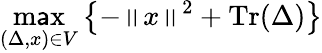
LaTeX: \operatorname*{m\mathsf{a}x}_{(\Delta,{x})\in{V}}\left\{ {-\left\| {x}\right\| ^{2}+\operatorname{Tr}(\Delta)}\right\}